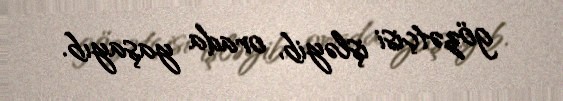
gözətçisi işləyib, orada yaşayıb.